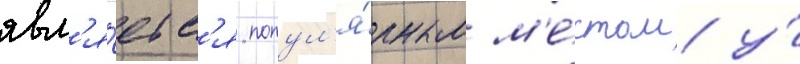
явл'я́етс'я попул'я́рным м'е́стом у́